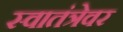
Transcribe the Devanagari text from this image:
स्वातंत्रेवर